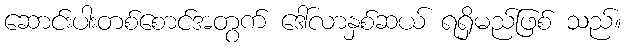
ဆောင်းပါးတစ်စောင်အတွက် ဒေါ်လာနှစ်ဆယ် ရရှိမည်ဖြစ် သည်။